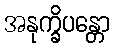
အနုက္ခိပန္တော